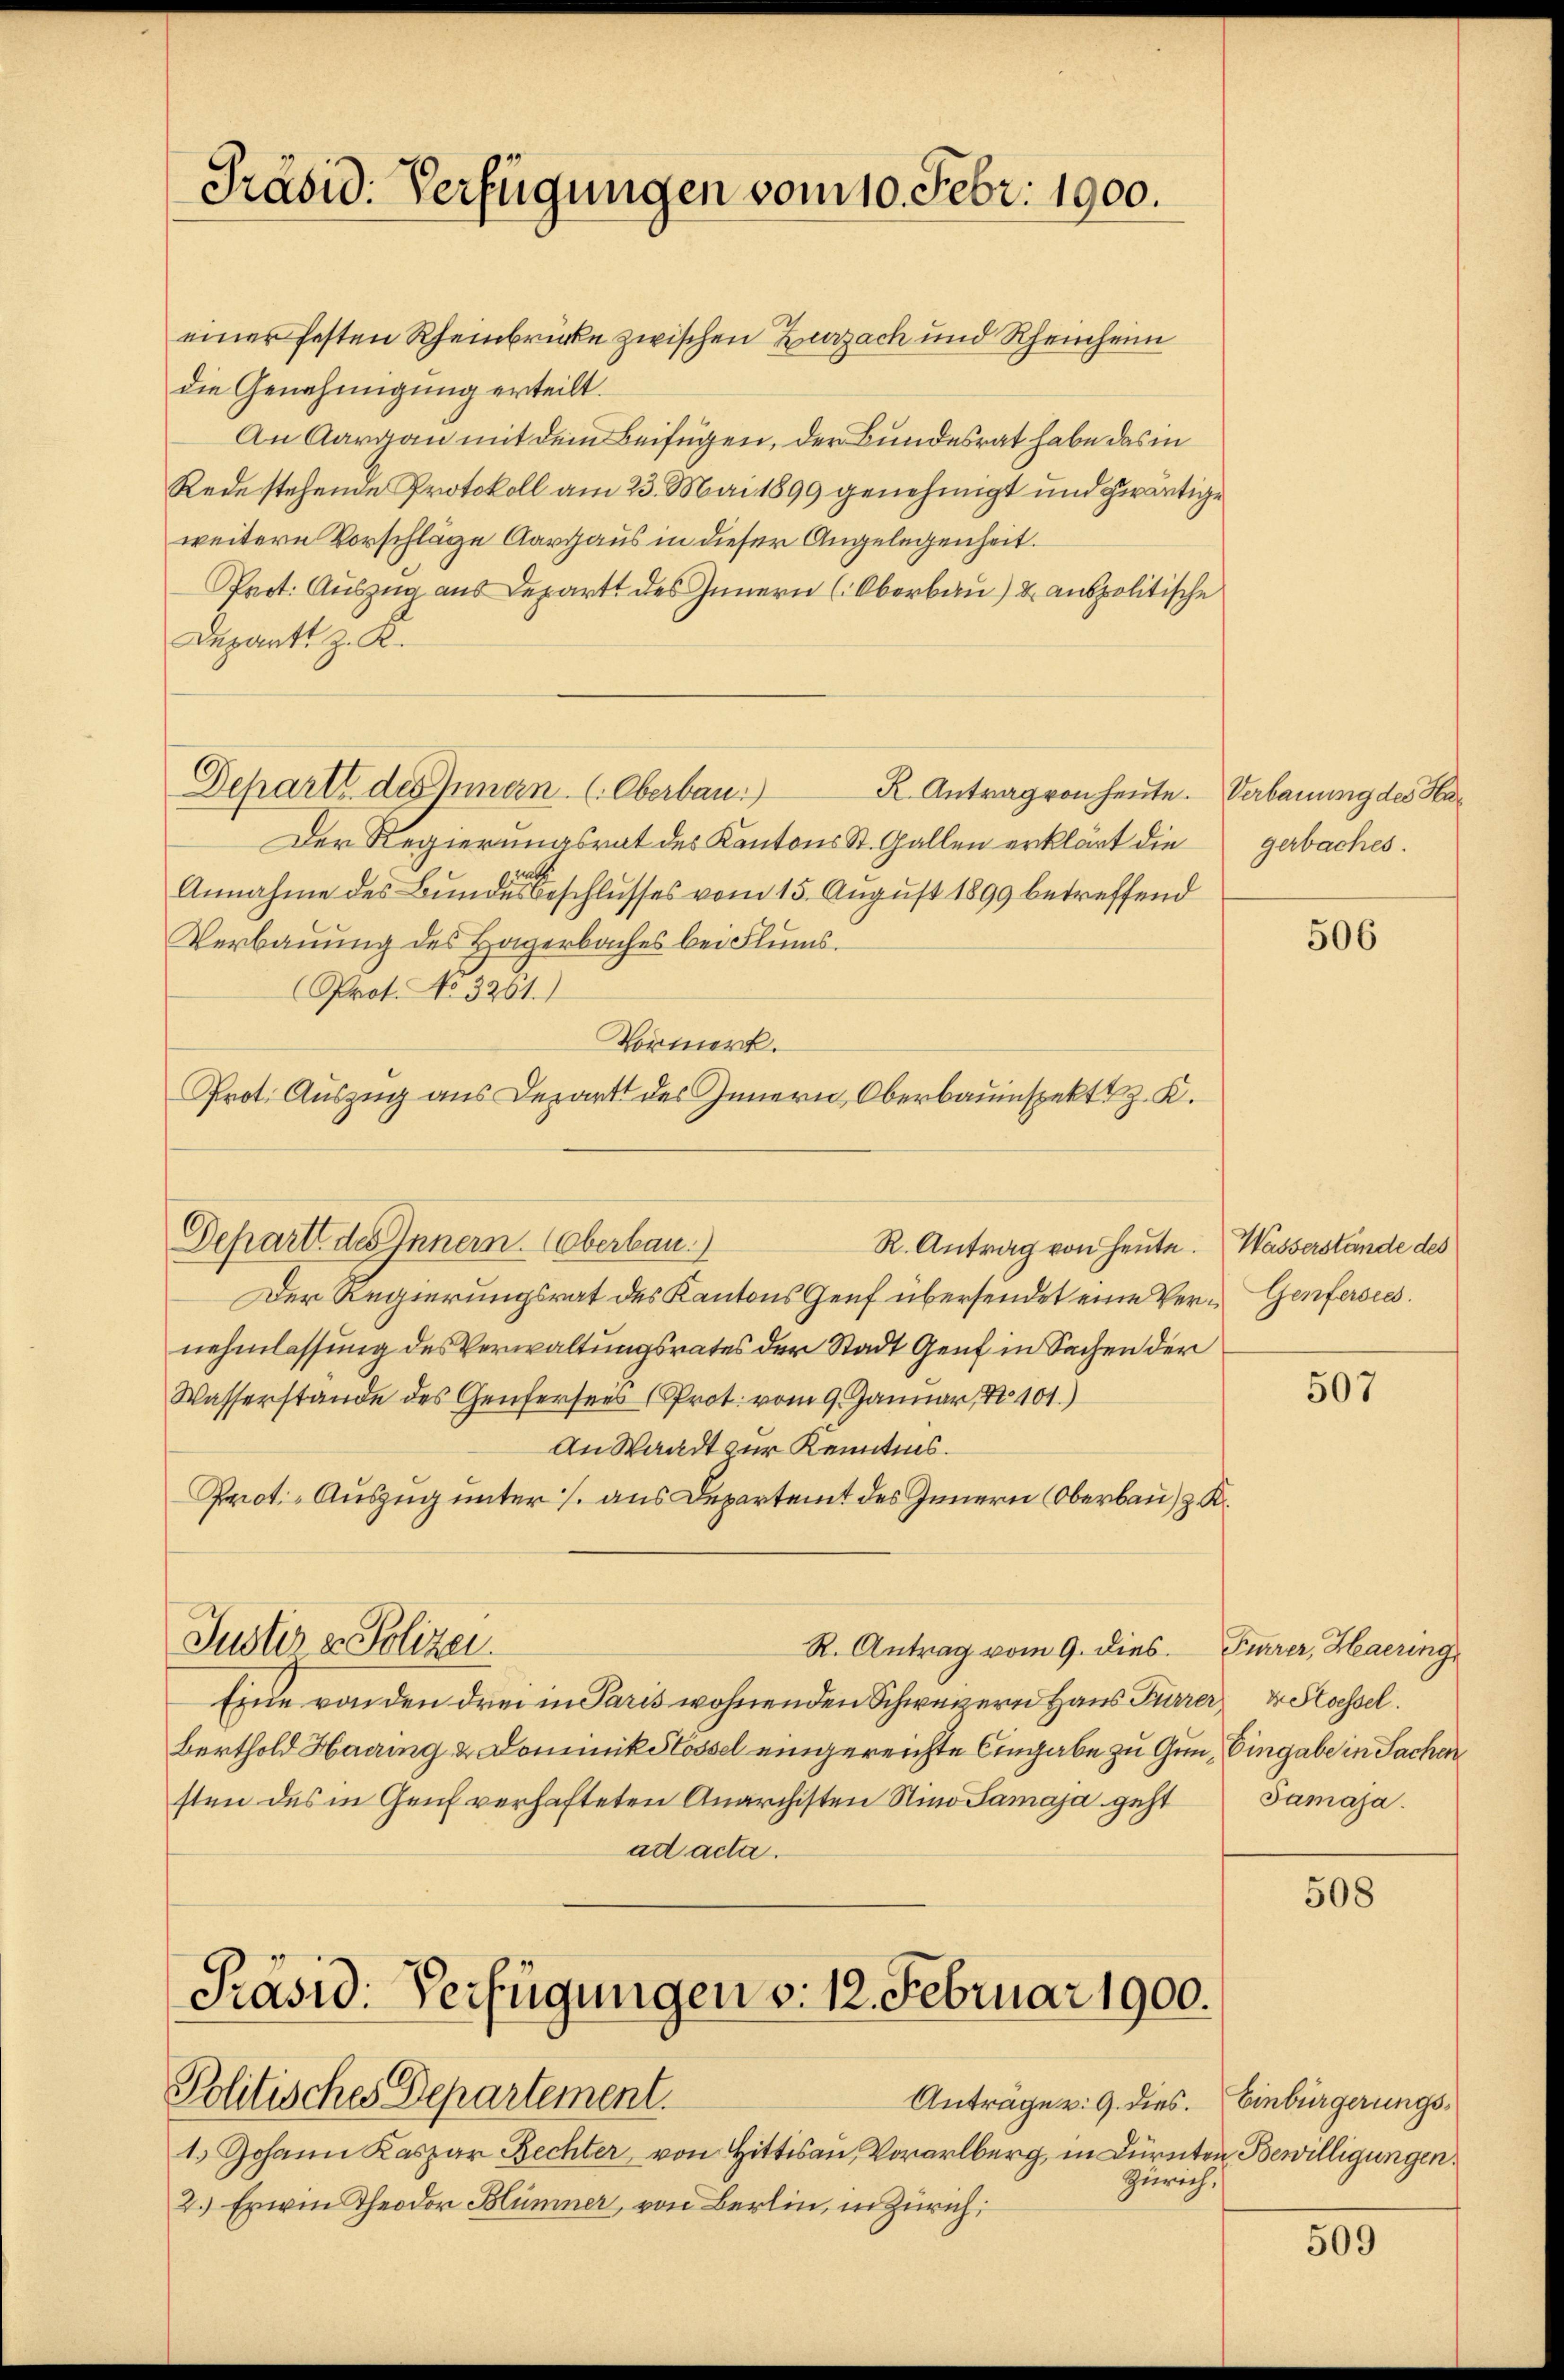
Präsid. Verfügungen vom 10. Febr. 1900.

einer festen Rheinbrücke zwischen Zurzach und Rheinheim
die Genehmigung erteilt.
An Aargau mit dem Beifügen, der Bundesrat habe das in
Rede stehende Protokoll am 23. Mai 1899 genehmigt und gewärtige
weitere Vorschläge Aargaus in dieser Angelegenheit.
Prot. Auszug aus Depart des Innern (Oberbau) u. anspolitische
Depart z. K.
Departt des Innern (Oberbau.)
K. Antrag von heute. Verbauung des Ha¬
Der Regierungsrat des Kantons St. Gallen erklärt die
Annahme des Bundes Beschlusses vom 15. August 1899 betreffend
Verbauung des Hagerbaches bei Flums.
Prot. No. 3261.)
Vormerk.
Prot. Auszug aus Depart des Innern Oberbauinspekt z. K.
Departe des Innern. Oberbau.
R. Antrag von Heute. Wasserstände des
Der Regierungsrat des Kantons Genf übersendet eine Ver- Genfersees.
nehmlassung des Verwaltungsrates der Stadt Genf in Sachen der
Wasserstande des Genfersees (Prot. vom 9. Januar, No 101.)
An Waadt zur Kenntnis.
Prot.-Auszug unter s. aus Departeit des Innern (Oberbau) z. K.
Juster v. Polizei.
R. Antrag vom 9. dies. Furrer, Haering
Eine von den drei in Paris wohnenden Schweizern Haus Furrer u Stossel.
Berthold Harring & Dominik Slossel eingereichte Eingabe zu Gun, Eingabe in Sachen
sten des in Genf verhafteten Anarchisten Nino Samaja geht
ad acta.

Präsid. Verfügungen v. 12. Februar 1900.

Politisches Departement.
1.) Johann Kaspar Rechter von Hittisau, Vorarlberg, in Dürnten Bewilligungen.
Zürich,
2.) Erwin Theodor Blümner, von Berlin, in Zürich:

Anträge v. 9. dies. Einbürgerungs¬

gerbaches.

506

507

Samaja.

508

509